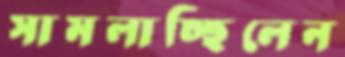
সামলাচ্ছিলেন